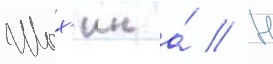
Шох'ин а́ // Н